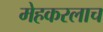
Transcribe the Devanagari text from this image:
मेहकरलाच